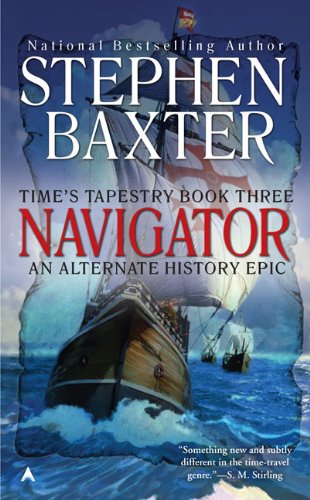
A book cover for Navigator: Time's Tapestry, Book Three; Stephen Baxter; Science Fiction & Fantasy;